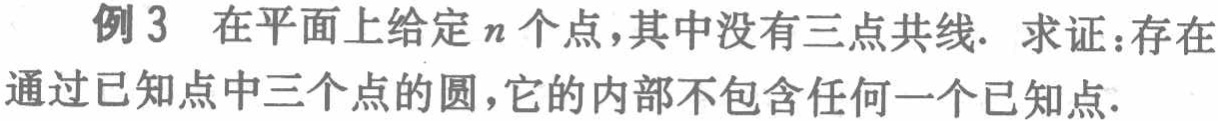
例3 在平面上给定\(n\)个点，其中没有三点共线. 求证：存在通过已知点中三个点的圆，它的内部不包含任何一个已知点.